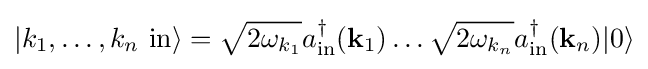
\left|k_{1},\ldots ,k_{n}\ \mathrm {in} \right\rangle ={\sqrt {2\omega _{k_{1}}}}a_{\mathrm {in} }^{\dagger }(\mathbf {k} _{1})\ldots {\sqrt {2\omega _{k_{n}}}}a_{\mathrm {in} }^{\dagger }(\mathbf {k} _{n})|0\rangle